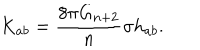
K _ { a b } = \frac { 8 \pi G _ { n + 2 } } { n } \sigma h _ { a b } .